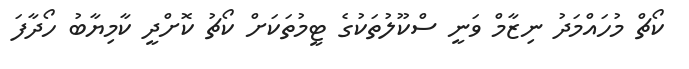
ކޯޗް މުހައްމަދު ނިޒާމް ވަނީ ސްކޫލުތަކުގެ ޓީމުތަކަށް ކޯޗު ކޮށްދީ ކާމިޔާބު ހޯދާފަ